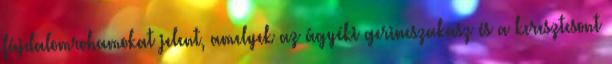
fájdalomrohamokat jelent, amelyek az ágyéki gerincszakasz és a keresztcsont